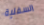
السفلية